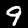
Digit: 9